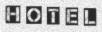
H O T E L